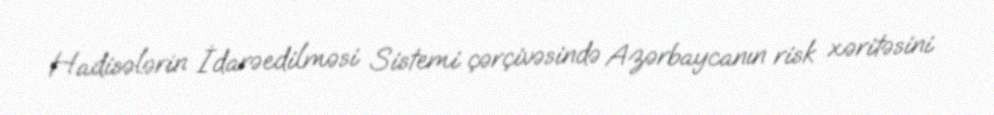
Hadisələrin İdarəedilməsi Sistemi çərçivəsində Azərbaycanın risk xəritəsini